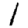
Digit: 1